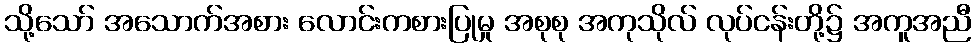
သို့သော် အသောက်အစား လောင်းကစားပြုမှု အစုစု အကုသိုလ် လုပ်ငန်းတို့၌ အကူအညီ